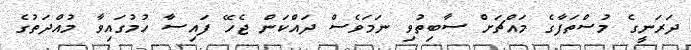
ދަރަނީގެ މުސްތަފާގެ މައްޗަށް ސާބިތުވި ނަމަވެސް ދައްކަން ޖެހޭ ފައިސާ ހުުމުގައިވާ މުއްދަތުގެ